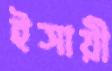
ইসায়ী